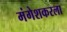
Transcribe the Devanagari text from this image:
मंगेशकरला